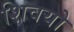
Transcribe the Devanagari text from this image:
शिवयो